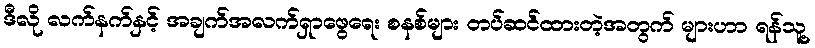
ဒီလို လက်နက်နှင့် အချက်အလက်ရှာဖွေရေး စနစ်များ တပ်ဆင်ထားတဲ့အတွက် များဟာ ရန်သူ့